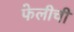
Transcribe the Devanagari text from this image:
फेलीची